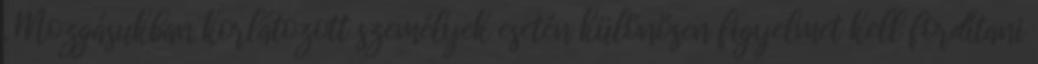
. Mozgásukban korlátozott személyek esetén különösen figyelmet kell fordítani